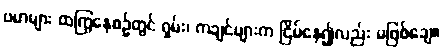
ဗမာများ ထကြွနေစဉ်တွင် ရှမ်း၊ ကချင်များက ငြိမ်နေ၍လည်း မဖြစ်ချေ။